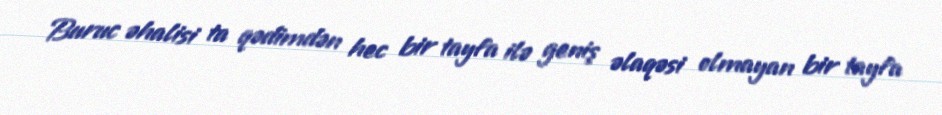
Buruc əhalisi ta qədimdən hec bir tayfa ilə geniş əlaqəsi olmayan bir tayfa